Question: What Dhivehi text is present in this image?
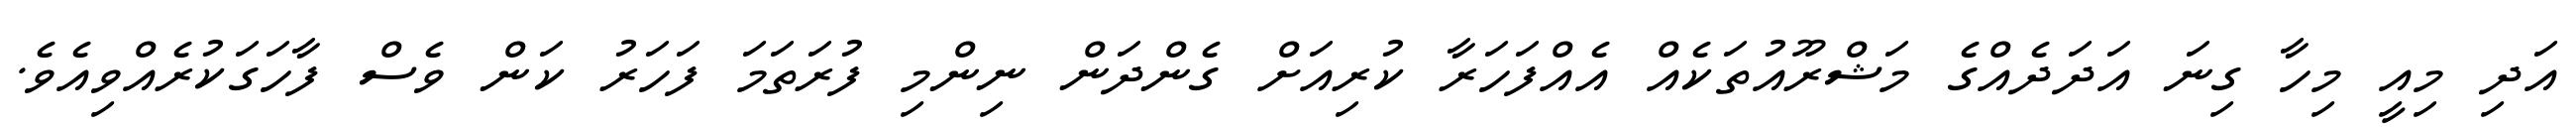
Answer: އަދި މިއީ މިހާ ގިނަ އަދަދެއްގެ މަޝްރޫއުތަކެއް އެއްފަހަރާ ކުރިއަށް ގެންދަން ނިންމި ފުރަތަމަ ފަހަރު ކަން ވެސް ފާހަގަކުރެއްވިއެވެ.